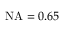
\mathrm { N A } = 0 . 6 5